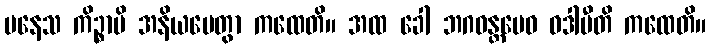
ပနေသ ကိဉ္စာပိ အနိယမေတွာ ကထေတိ။ အထ ခေါ ဘဂဝန္တမေဝ ဝဒါမီတိ ကထေတိ။